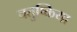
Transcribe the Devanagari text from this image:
चतुष्किया